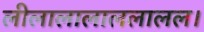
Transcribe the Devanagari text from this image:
लीलालालाललालल।